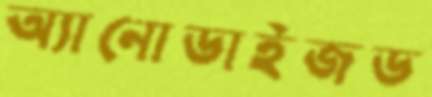
অ্যানোডাইজড